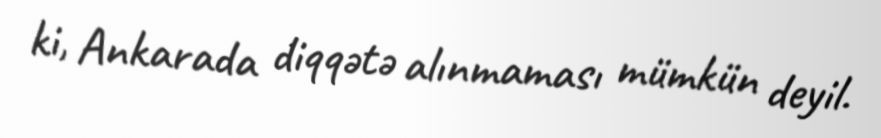
ki, Ankarada diqqətə alınmaması mümkün deyil.